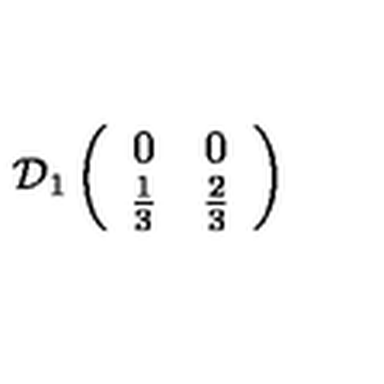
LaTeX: \mathcal { D } _ { 1 } \left( \begin{array} { c c } { 0 } & { 0 } \\ { \frac { 1 } { 3 } } & { \frac { 2 } { 3 } } \\ \end{array} \right)